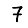
Digit: 7